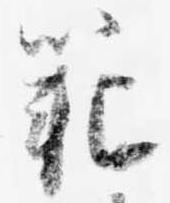
範